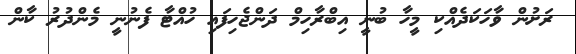
ރަށުން ވާހަކަދެއްކި މީހާ ބުނީ އިބްރާހިމް ދަންޖެހިފައި ހުއްޓާ ފެނުނީ މެންދުރު ކާން